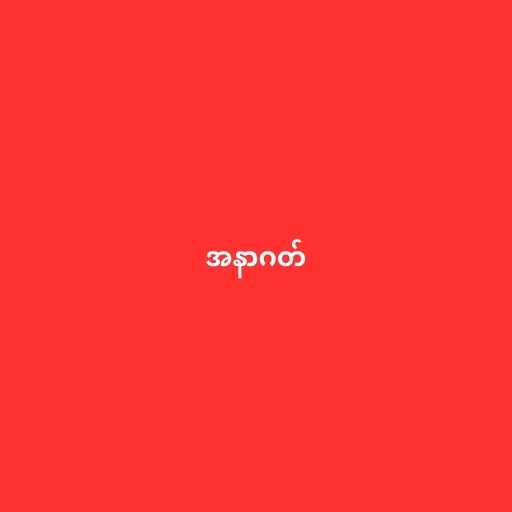
အနာဂတ်